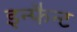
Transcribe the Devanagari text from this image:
इन्फैन्ट